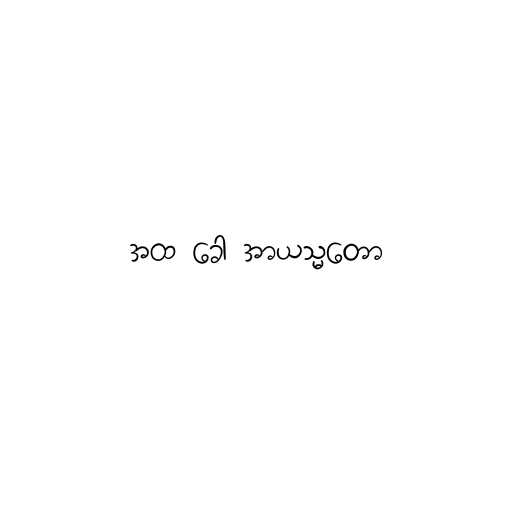
အထ ခေါ အာယသ္မတော